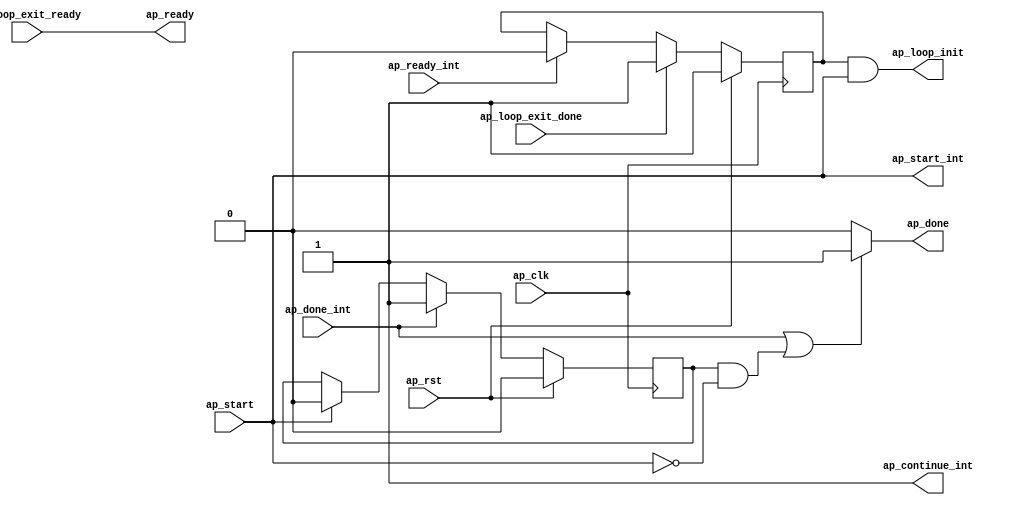
// Copyright (C) 2022, Advanced Micro Devices, Inc. All rights reserved.
// SPDX-License-Identifier: MIT
// ==============================================================
// ==============================================================

`timescale 1 ns / 1 ps

module testDec_flow_control_loop_pipe_sequential_init(
        ap_clk,
        ap_rst,
        ap_start,
        ap_ready,
        ap_done,
        ap_start_int,
        ap_ready_int,
        ap_done_int,
        ap_continue_int,
        ap_loop_init,
        ap_loop_exit_ready,
        ap_loop_exit_done
);

input   ap_clk;
input   ap_rst;

//Block level handshake with outside loop
input   ap_start;
output  ap_ready;
output  ap_done;

//Block level handshake with loop body
output  ap_start_int;
input   ap_ready_int;
input   ap_done_int;
output  ap_continue_int;

//Init live in variables
output   ap_loop_init;
wire     ap_loop_init;
reg ap_loop_init_int;
reg ap_done;
reg ap_done_cache;

//Exit signal from loop body
input   ap_loop_exit_ready;
input   ap_loop_exit_done;

// power-on initialization
initial begin
#0 ap_loop_init_int = 1'b1;
#0 ap_done_cache = 1'b0;
end

assign ap_start_int = ap_start;

assign ap_continue_int = 1'b1;

assign ap_ready = ap_loop_exit_ready;

//ap_loop_init is valid for the first II
//of the first loop run so as to enable
//the init block ops which are pushed into
//the first state of the pipeline region
always @ (posedge ap_clk)
begin
    if (ap_rst == 1'b1) begin
        ap_loop_init_int <= 1'b1;
    end else if(ap_loop_exit_done == 1'b1) begin
        ap_loop_init_int <= 1'b1;
    end else if(ap_ready_int == 1'b1) begin
        ap_loop_init_int <= 1'b0;
    end
end

assign ap_loop_init = ap_loop_init_int & ap_start;

// if no ap_continue port and current module is not top module, 
// ap_done handshakes with ap_start. Internally, flow control sends out 
// ap_conintue_int = 1'b1 so the ap_done_int is asserted high for 1 clock cycle.
// ap_done_cache is used to record ap_done_int, and de-assert if ap_start_int
// is asserted, so DUT can start the next run
always @(posedge ap_clk)
begin
    if (ap_rst == 1'b1) begin
        ap_done_cache <= 1'b0;
    end else if (ap_done_int == 1'b1) begin
        ap_done_cache <= 1'b1;
    end else if (ap_start_int == 1'b1) begin
        ap_done_cache <= 1'b0;
    end
end

// if no ap_continue port and current module is not top module, ap_done handshakes with ap_start
always @(*)
begin
    if ((ap_done_int == 1'b1) || ((ap_done_cache == 1'b1) && (ap_start_int == 1'b0))) begin
        ap_done = 1'b1;
    end else begin
        ap_done = 1'b0;
    end
end

endmodule